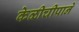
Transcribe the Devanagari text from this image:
केळीचीपाने